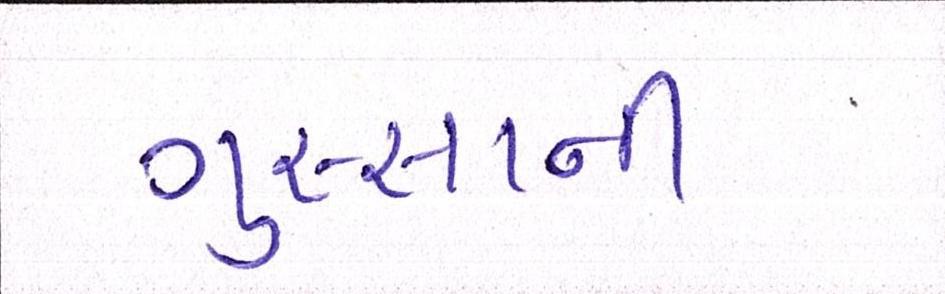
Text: ગુસ્સાની